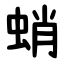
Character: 蛸